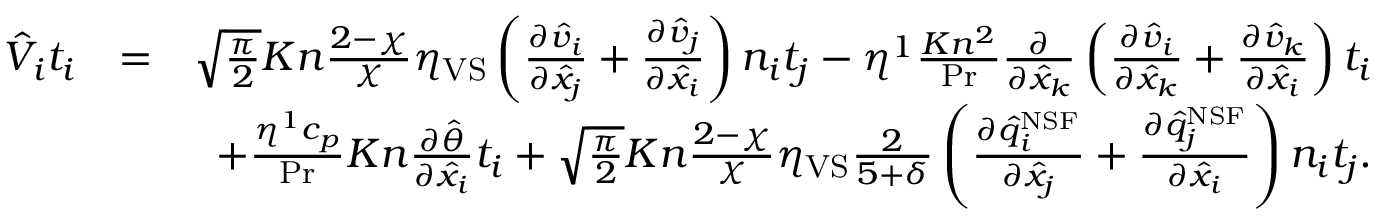
\begin{array} { r l r } { \hat { V } _ { i } t _ { i } } & { = } & { \sqrt { \frac { \pi } { 2 } } K n \frac { 2 - \chi } { \chi } \eta _ { \mathrm { V S } } \left( \frac { \partial \hat { v } _ { i } } { \partial \hat { x } _ { j } } + \frac { \partial \hat { v } _ { j } } { \partial \hat { x } _ { i } } \right) n _ { i } t _ { j } - \eta ^ { 1 } \frac { K n ^ { 2 } } { \operatorname* { P r } } \frac { \partial } { \partial \hat { x } _ { k } } \left( \frac { \partial \hat { v } _ { i } } { \partial \hat { x } _ { k } } + \frac { \partial \hat { v } _ { k } } { \partial \hat { x } _ { i } } \right) t _ { i } } \\ & { } & { + \frac { \eta ^ { 1 } c _ { p } } { \operatorname* { P r } } K n \frac { \partial \hat { \theta } } { \partial \hat { x } _ { i } } t _ { i } + \sqrt { \frac { \pi } { 2 } } K n \frac { 2 - \chi } { \chi } \eta _ { \mathrm { V S } } \frac { 2 } { 5 + \delta } \left( \frac { \partial \hat { q } _ { i } ^ { \mathrm { N S F } } } { \partial \hat { x } _ { j } } + \frac { \partial \hat { q } _ { j } ^ { \mathrm { N S F } } } { \partial \hat { x } _ { i } } \right) n _ { i } t _ { j } \mathrm { . } } \end{array}